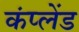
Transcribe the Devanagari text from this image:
कंप्लेंड